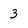
Character: 3